Indian journal of veterinary science and animal husbandry - Volume 14,
Year: 1944
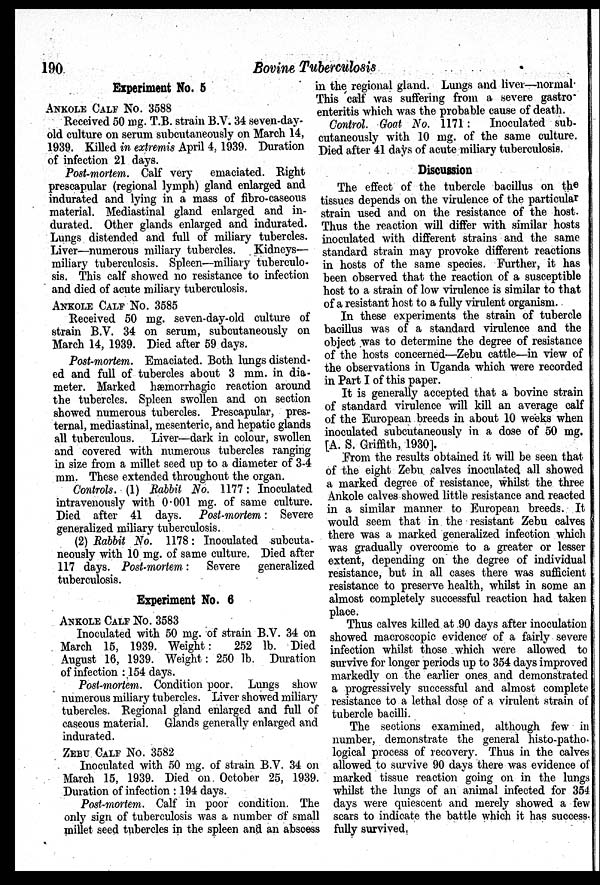
190
Bovine Tuberculosis
Experiment No. 5
ANKOLE CALF NO. 3588
Received 50 mg. T.B. strain B.V. 34 seven-day-
old culture on serum subcutaneously on March 14,
1939. Killed in extremis April 4, 1939. Duration
of infection 21 days.
Post-mortem. Calf very emaciated. Right
prescapular (regional lymph) gland enlarged and
indurated and lying in a mass of fibro-caseous
material. Mediastinal gland enlarged and in-
durated. Other glands enlarged and indurated.
Lungs distended and full of miliary tubercles.
Liver—numerous miliary tubercles. Kidneys—
miliary tuberculosis. Spleen—miliary tuberculo-
sis. This calf showed no resistance to infection
and died of acute miliary tuberculosis.
ANKOLE CALF NO. 3585
Received 50 mg. seven-day-old culture of
strain B.V. 34 on serum, subcutaneously on
March 14, 1939. Died after 59 days.
Post-mortem. Emaciated. Both lungs distend-
ed and full of tubercles about 3 mm. in dia-
meter. Marked hæmorrhagic reaction around
the tubercles. Spleen swollen and on section
showed numerous tubercles. Prescapular, pres-
ternal, mediastinal, mesenteric, and hepatic glands
all tuberculous. Liver—dark in colour, swollen
and covered with numerous tubercles ranging
in size from a millet seed up to a diameter of 3-4
mm. These extended throughout the organ.
Controls. (1) Rabbit No. 1177 : Inoculated
intravenously with 0.001 mg. of same culture.
Died after 41 days. Post-mortem: Severe
generalized miliary tuberculosis.
(2) Rabbit No. 1178: Inooulated subcuta-
neously with 10 mg. of same culture. Died after
117 days. Post-mortem: Severe generalized
tuberculosis.
Experiment No. 6
ANKOLE CALF NO. 3583
Inoculated with 50 mg. of strain B.V. 34 on
March 15, 1939. Weight :
252 lb. Died
August 16, 1939. Weight : 250 lb. Duration
of infection : 154 days.
Post-mortem. Condition poor. Lungs show
numerous miliary tubercles. Liver showed miliary
tubercles. Regional gland enlarged and full of
caseous material. Glands generally enlarged and
indurated.
ZEBU CALF NO. 3582
Inoculated with 50 mg. of strain B.V. 34 on
March 15, 1939. Died on October 25, 1939.
Duration of infection: 194 days.
Post-mortem. Calf in poor condition. The
only sign of tuberculosis was a number of small
millet seed tubercles in the spleen and an abscess
in the regional gland. Lungs and liver—normal
This calf was suffering from a severe gastro
enteritis which was the probable cause of death.
Control. Goat No. 1171: Inoculated sub-
cutaneously with 10 mg. of the same culture.
Died after 41 days of acute miliary tuberculosis.
Discussion
The effect of the tubercle bacillus on the
tissues depends on the virulence of the particular
strain used and on the resistance of the host.
Thus the reaction will differ with similar hosts
inoculated with different strains and the same
standard strain may provoke different reactions
in hosts of the same species. Further, it has
been observed that the reaction of a susceptible
host to a strain of low virulence is similar to that
of a resistant host to a fully virulent organism.
In these experiments the strain of tubercle
bacillus was of a standard virulence and the
object was to determine the degree of resistance
of the hosts concerned—Zebu cattle—in view of
the observations in Uganda which were recorded
in Part I of this paper.
It is generally accepted that a bovine strain
of standard virulence will kill an average calf
of the European breeds in about 10 weeks when
inoculated subcutaneously in a dose of 50 mg.
[A. S. Griffith, 1930].
From the results obtained it will be seen that
of the eight Zebu calves inoculated all showed
a marked degree of resistance, whilst the three
Ankole calves showed little resistance and reacted
in a similar manner to European breeds. It
would seem that in the resistant Zebu calves
there was a marked generalized infection which
was gradually overcome to a greater or lesser
extent, depending on the degree of individual
resistance, but in all cases there was sufficient
resistance to preserve health, whilst in some an
almost completely successful reaction had taken
place.
Thus calves killed at 90 days after inoculation
showed macroscopic evidence of a fairly severe
infection whilst those which were allowed to
survive for longer periods up to 354 days improved
markedly on the earlier ones and demonstrated
a progressively successful and almost complete
resistance to a lethal dose of a virulent strain of
tubercle bacilli.
The sections examined, although few in
number, demonstrate the general histo-patho-
logical process of recovery. Thus in the calves
allowed to survive 90 days there was evidence of
marked tissue reaction going on in the lungs
whilst the lungs of an animal infected for 354
days were quiescent and merely showed a few
scars to indicate the battle which it has success-
fully survived.